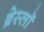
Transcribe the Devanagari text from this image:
ब्रेस्लॉ